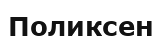
Поликсен